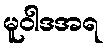
မူဝါဒအရ